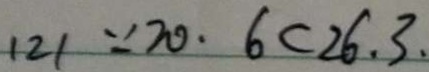
( 2 ) \because 2 0 . 6 < 2 6 . 3 .